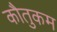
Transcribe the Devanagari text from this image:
कौतुकम